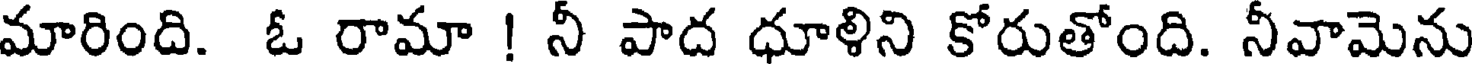
మారింది. ఓ రామా ! నీ పాద ధూళిని కోరుతోంది. నీవామెను